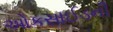
ઓકસાઈડની